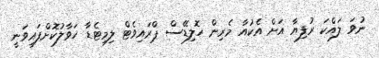
ނުވަ ލައްކަ ރުފިޔާ އަށް އެކުއާ މެރިން ހޮލިޑޭސް ޕްރައިވެޓް ލިމިޓެޑާ ހަވާލުކޮށްފައިވަނީ